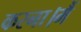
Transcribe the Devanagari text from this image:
करना।मैं